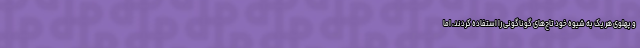
و پهلوی هر یک به شیوه خود تاج‌های گوناگونی را استفاده کردند، اما